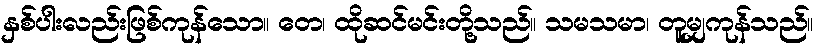
နှစ်ပါးလည်းဖြစ်ကုန်သော။ တေ၊ ထိုဆင်မင်းတို့သည်။ သမသမာ၊ တူမျှကုန်သည်။